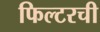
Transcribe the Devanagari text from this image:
फिल्टरची